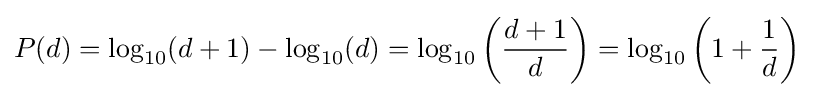
P(d)=\log _{10}(d+1)-\log _{10}(d)=\log _{10}\left({\frac {d+1}{d}}\right)=\log _{10}\left(1+{\frac {1}{d}}\right)